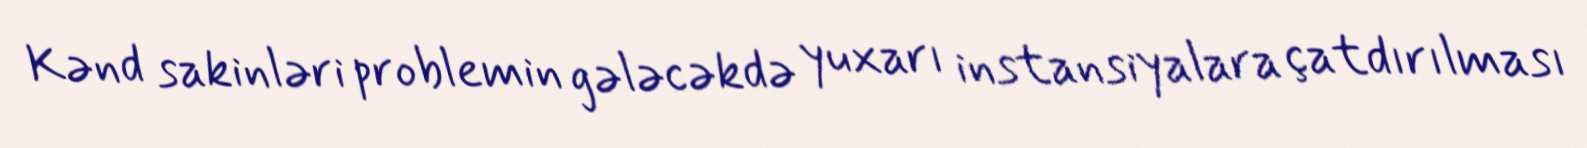
Kənd sakinləri problemin gələcəkdə yuxarı instansiyalara çatdırılması